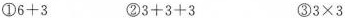
①6+3 ②3+3+3 ③3×3